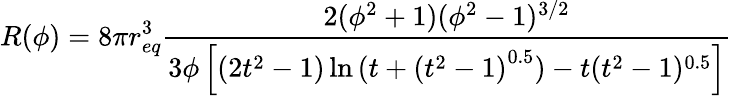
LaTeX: R(\phi)=8\pi r_{eq}^{3}\frac{2(\phi^{2}+1)(\phi^{2}-1)^{3/2}}{3\phi\left[(2t^{2}-1)\ln\left(t+(t^{2}-1\right)^{0.5})-t(t^{2}-1)^{0.5}\right]}